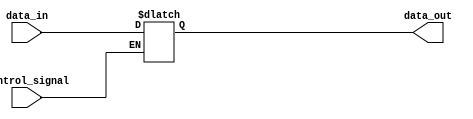
module bidirectional_buffer_gate (
    input data_in,
    output data_out,
    input control_signal
);

reg data_output;

always @ (data_in, control_signal)
begin
    if (control_signal)
        data_output = data_in;
end

assign data_out = data_output;

endmodule